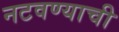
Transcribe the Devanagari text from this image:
नटवण्याची